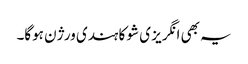
یہ بھی انگریز ی شو کا ہندی ورژن ہوگا۔